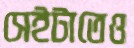
সেইটাতেও